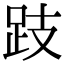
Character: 跂